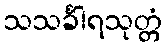
သသင်္ခါရသုတ္တံ